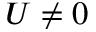
U \neq 0